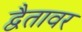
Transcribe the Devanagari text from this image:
द्वैतावर